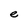
Character: e